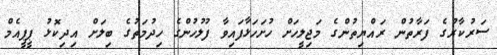
ސަރުކާރުގެ ފަރާތުން ރައްޔިތުންގެ މަޖިލީހަށް ހުށަހަޅާފައިވާ ފުލުހުންގެ ހިދުމަތުގެ ބިލަށް އިދިކޮޅު ޕީޕީއެމް